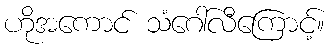
ဟိုအကောင် သံဂေါ်လီကြောင့်။